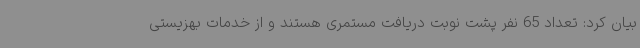
بیان کرد: تعداد 65 نفر پشت نوبت دریافت مستمری هستند و از خدمات بهزیستی